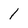
Character: 1